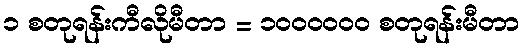
၁ စတုရန်းကီလိုမီတာ = ၁၀၀၀၀၀၀ စတုရန်းမီတာ